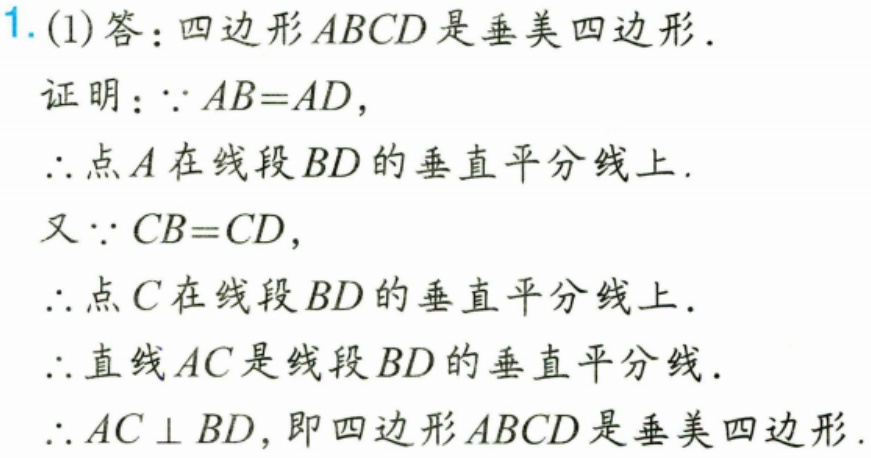
1. (1) 答：四边形\(ABCD\)是垂美四边形.
证明：\(\because AB = AD\)，
\(\therefore\)点\(A\)在线段\(BD\)的垂直平分线上.
又\(\because CB = CD\)，
\(\therefore\)点\(C\)在线段\(BD\)的垂直平分线上.
\(\therefore\)直线\(AC\)是线段\(BD\)的垂直平分线.
\(\therefore AC\perp BD\)，即四边形\(ABCD\)是垂美四边形.